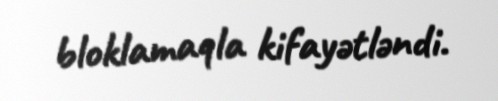
bloklamaqla kifayətləndi.